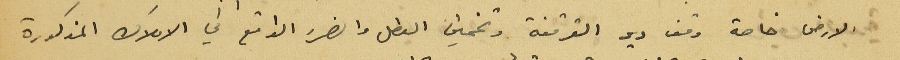
الارض خاصة وقف دير القرقفة وتخمين العطل والضرر الواقع في الاملاك المذكورة